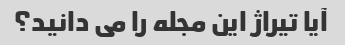
آیا تیراژ این مجله را می دانید؟